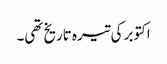
اکتوبر کی تیرہ تاریخ تھی۔